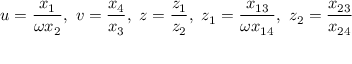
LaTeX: u = \frac { x _ { 1 } } { \omega x _ { 2 } } , ~ v = \frac { x _ { 4 } } { x _ { 3 } } , ~ z = \frac { z _ { 1 } } { z _ { 2 } } , ~ z _ { 1 } = \frac { x _ { 1 3 } } { \omega x _ { 1 4 } } , ~ z _ { 2 } = \frac { x _ { 2 3 } } { x _ { 2 4 } }